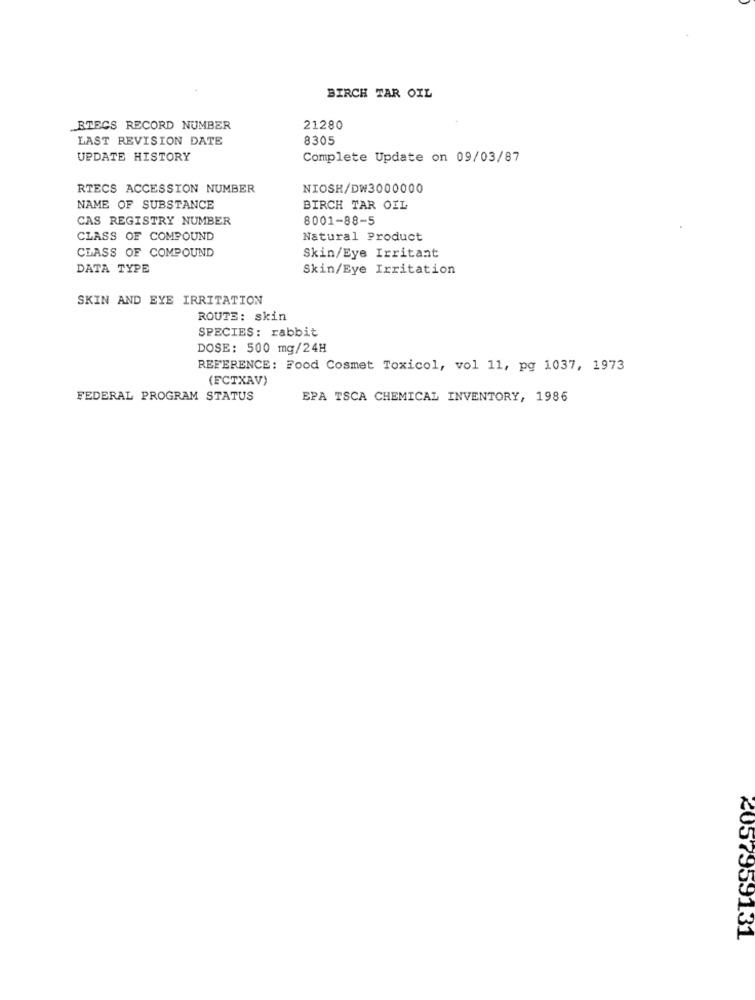
BIRCH TAR OIL
RTECS RECORD NUMBER
21280
LAST REVISION DATE
8305
UPDATE HISTORY
Complete Update on 09/03/87
RTECS ACCESSION NUMBER
NIOSH/DW3000000
NAME OF SUBSTANCE
BIRCH TAR OIL
CAS REGISTRY NUMBER
8001-88-5
CLASS OF COMPOUND
Natural Product
CLASS OF COMPOUND
Skin/Eye Irritant
DATA TYPE
Skin/Eye Irritation
SKIN AND EYE IRRITATION
ROUTE: skin
SPECIES: rabbit
DOSE: 500 mg/24H
REFERENCE: Food Cosmet Toxicol, vol 11, pg 1037, 1973
(FCTXAV)
FEDERAL PROGRAM STATUS
EPA TSCA CHEMICAL INVENTORY, 1986
2057959131